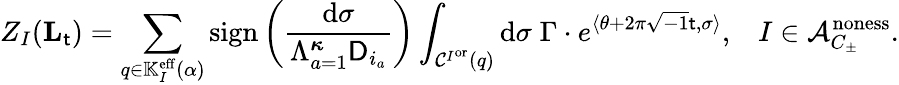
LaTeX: Z_{I}(\mathbf{L}_{\mathsf{t}})=\sum_{q\in\mathbb{K}_{I}^{{\mathrm{eff}}}(\alpha)}\mathrm{sign}\left(\frac{\mathrm{d}\sigma}{\Lambda_{a=1}^{{\boldsymbol{\kappa}}}\mathsf{D}_{i_{a}}}\right)\int_{\mathcal{C}^{I^{\mathrm{or}}}(q)}\mathrm{d}\sigma\; \Gamma\cdot e^{\langle\theta+2\pi\sqrt{-1}\mathsf{t},\sigma\rangle},\; \; \; I\in\mathcal{A}_{C_{\pm}}^{{\mathrm{noness}}}.